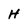
Character: H